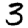
Digit: 3